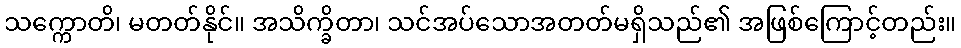
သက္ကောတိ၊ မတတ်နိုင်။ အသိက္ခိတာ၊ သင်အပ်သောအတတ်မရှိသည်၏ အဖြစ်ကြောင့်တည်း။